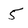
Character: 5